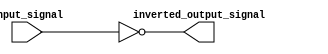
module inverting_buffer (
    input wire input_signal,
    output wire inverted_output_signal
);

assign inverted_output_signal = ~input_signal;

endmodule